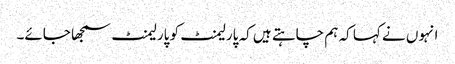
انہوں نے کہا کہ ہم چاہتے ہیں کہ پارلیمنٹ کو پارلیمنٹ سمجھا جائے۔